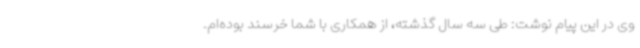
وی در این پیام نوشت: طی سه سال گذشته، از همکاری با شما خرسند بوده‌ام.